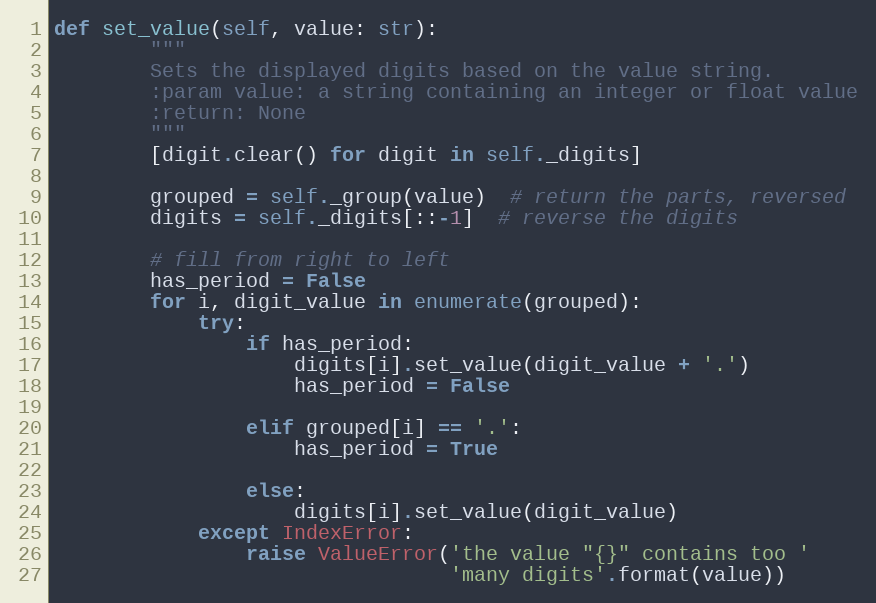
Language: Python
def set_value(self, value: str):
        """
        Sets the displayed digits based on the value string.
        :param value: a string containing an integer or float value
        :return: None
        """
        [digit.clear() for digit in self._digits]

        grouped = self._group(value)  # return the parts, reversed
        digits = self._digits[::-1]  # reverse the digits

        # fill from right to left
        has_period = False
        for i, digit_value in enumerate(grouped):
            try:
                if has_period:
                    digits[i].set_value(digit_value + '.')
                    has_period = False

                elif grouped[i] == '.':
                    has_period = True

                else:
                    digits[i].set_value(digit_value)
            except IndexError:
                raise ValueError('the value "{}" contains too '
                                 'many digits'.format(value))